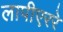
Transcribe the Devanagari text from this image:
लापीएररे